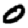
Digit: 0